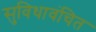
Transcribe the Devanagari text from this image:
सुविधावंचित